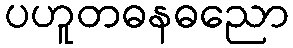
ပဟူတဓနဓညော